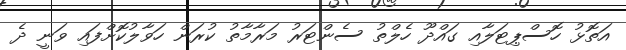
އަތޮޅު ހޮސްޕިޓަލާއި ގައްދޫ ހެލްތު ސެންޓަރު މަރާމާތު ކުރަން ހަވާލުކޮށްފައި ވަނީ ދެ